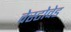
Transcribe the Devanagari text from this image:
वेस्टोवेड